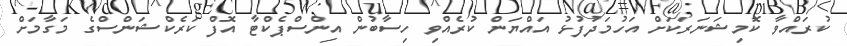
ކުރައްވާ ކޮމިޝަނަރަކަށް އަހުމަދުފުޅު އައްޔަން ކުރެއްވި ހިސާބުން އިންސްޕެކްޓާ އޮފް ކަރެކްޝަންސްގެ މަގާމަށް